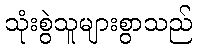
သုံးစွဲသူများစွာသည်